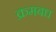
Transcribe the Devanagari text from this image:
क्रमबध